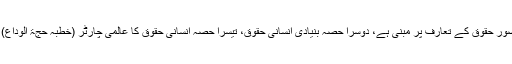
اس کتاب کے چار حصے اور گیارہ ابواب ہیں، پہلا حصہ اسلام کے تصور حقوق کے تعارف پر مبنی ہے، دوسرا حصہ بنیادی انسانی حقوق، تیسرا حصہ انسانی حقوق کا عالمی چارٹر (خطبہ حجۃ الوداع)، جبکہ چوتھا حصہ انسانی حقوق کی تاریخی دستاویزات پر مشتمل ہے۔